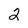
Character: 2